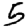
Digit: 5